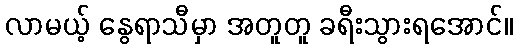
လာမယ့် နွေရာသီမှာ အတူတူ ခရီးသွားရအောင်။